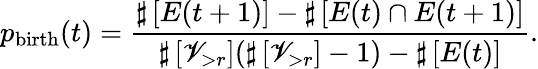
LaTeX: p_{\mathrm{birth}}(t)=\frac{\sharp\left[{E(t+1)}\right]-\sharp\left[{E(t)\cap E(t+1)}\right]}{\sharp\left[\mathscr{V}_{>r}\right](\sharp\left[\mathscr{V}_{>r}\right]-1)-\sharp\left[{E(t)}\right]}.